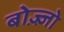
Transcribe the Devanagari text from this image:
बोज़्ज़ो